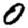
Digit: 0